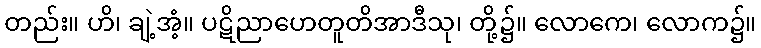
တည်း။ ဟိ၊ ချဲ့အံ့။ ပဋိညာဟေတူတိအာဒီသု၊ တို့၌။ လောကေ၊ လောက၌။